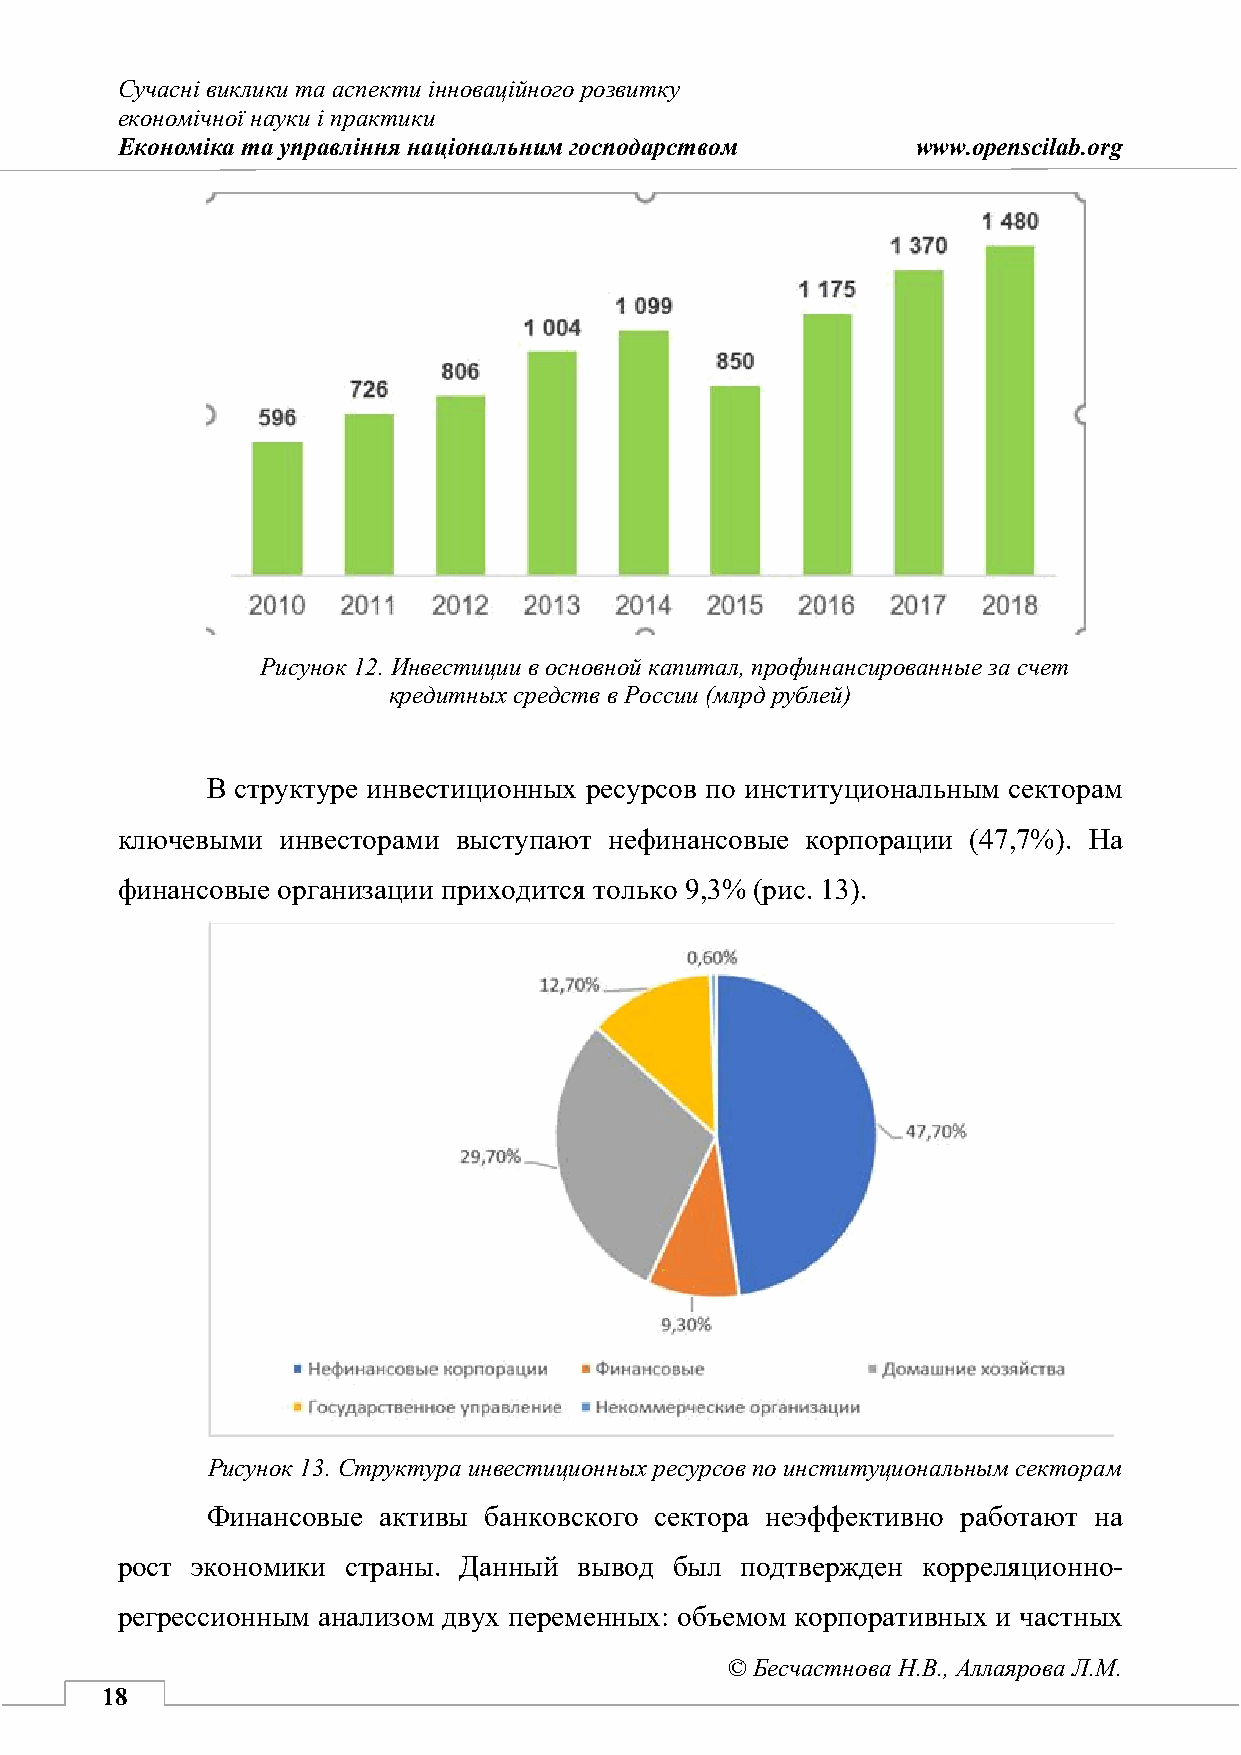
Сучасні виклики та аспекти інноваційного розвитку
 економічної науки і практики
 Економіка та управління національним господарством   www.openscilab.org
 Рисунок 12. Инвестиции в основной капитал, профинансированные за счет
 кредитных средств в России (млрд рублей)
 В структуре инвестиционных ресурсов по институциональным секторам
 ключевыми  инвесторами выступают нефинансовые корпорации (47,7%). На
 финансовые организации приходится только 9,3% (рис. 13).
 Рисунок 13. Структура инвестиционных ресурсов по институциональным секторам
 Финансовые активы банковского сектора неэффективно работают на
 рост экономики страны. Данный вывод  был подтвержден корреляционно-
 регрессионным анализом двух переменных: объемом корпоративных и частных
 © Бесчастнова Н.В., Аллаярова Л.М.
 18